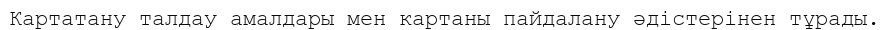
Картатану талдау амалдары мен картаны пайдалану әдістерінен тұрады.